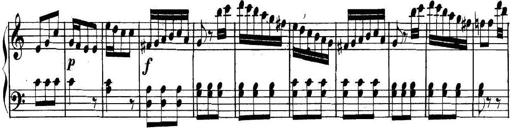
Title: Collected Piano Sonatas
Composer: Muzio Clementi